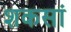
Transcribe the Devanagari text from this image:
शकसां